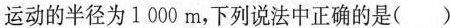
运动的半径为1 000m，下列说法中正确的是( )